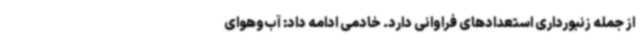
از جمله زنبورداری استعدادهای فراوانی دارد. خادمی ادامه داد: آب‌وهوای